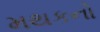
મથકનો